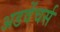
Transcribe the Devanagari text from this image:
अडवेंचर्स